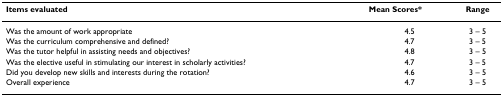
| Items evaluated | Mean Scores* | Range |
 | --- | --- | --- |
 | Was the amount of work appropriate | 4.5 | 3 – 5 |
 | Was the curriculum comprehensive and defined? | 4.7 | 3 – 5 |
 | Was the tutor helpful in assisting needs and objectives? | 4.8 | 3 – 5 |
 | Was the elective useful in stimulating our interest in scholarly activities? | 4.7 | 3 – 5 |
 | Did you develop new skills and interests during the rotation? | 4.6 | 3 – 5 |
 | Overall experience | 4.7 | 3 – 5 |